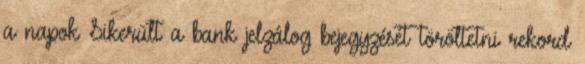
a napok Sikerült a bank jelzálog bejegyzését töröltetni rekord